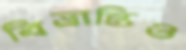
বিভ্রান্তিও